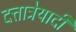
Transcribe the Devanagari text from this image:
दत्तात्रेयादी